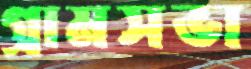
গ্রামসভা